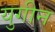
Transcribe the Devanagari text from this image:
युगीन